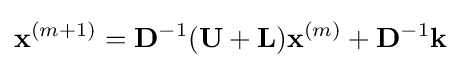
\mathbf {x} ^{(m+1)}=\mathbf {D} ^{-1}(\mathbf {U} +\mathbf {L} )\mathbf {x} ^{(m)}+\mathbf {D} ^{-1}\mathbf {k}